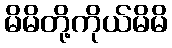
မိမိတို့ကိုယ်မိမိ